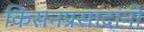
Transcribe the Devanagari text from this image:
किसनप्रसादांनी